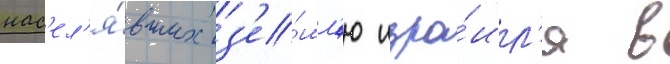
нас'ел'я́вших з'е́мл'ю изра́ил'я в